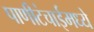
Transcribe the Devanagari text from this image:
पाणीटंचाईमध्ये